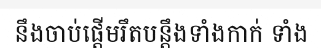
នឹងចាប់ផ្តើមរឹតបន្តឹងទាំងកាក់ ទាំង